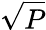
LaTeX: \sqrt{P}